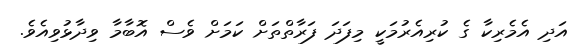
އަދި އެމެރިކާ ގެ ކުރިއެރުމަކީ މިފަދަ ފަރާތްތަށް ކަމަށް ވެސް އޮބާމާ ވިދާޅުވިއެވެ.